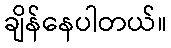
ချိန်နေပါတယ်။